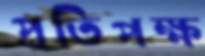
প্রতিপক্ষ